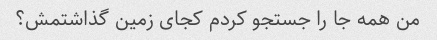
من همه جا را جستجو کردم کجای زمین گذاشتمش؟